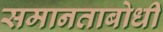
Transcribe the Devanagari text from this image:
समानताबोधी